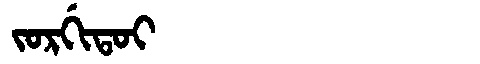
Manchu: ᠵᠣᡵᡤᡳᡨᠣᡳ
Romanization: JORGITOI